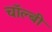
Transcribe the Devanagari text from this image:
चॉल्बी